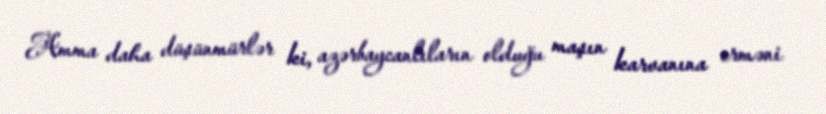
Amma daha düşünmürlər ki, azərbaycanlıların olduğu maşın karvanına erməni